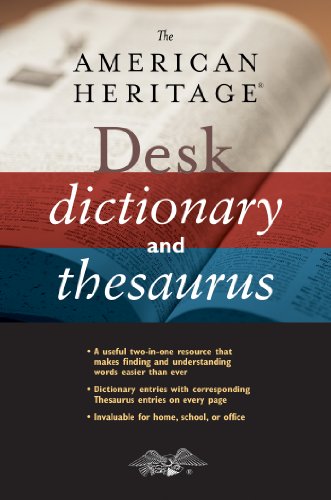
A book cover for The American Heritage Desk Dictionary and Thesaurus; Reference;